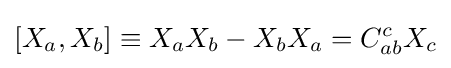
\left[X_{a},X_{b}\right]\equiv X_{a}X_{b}-X_{b}X_{a}=C_{ab}^{c}X_{c}